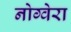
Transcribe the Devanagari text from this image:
नोग्वेरा